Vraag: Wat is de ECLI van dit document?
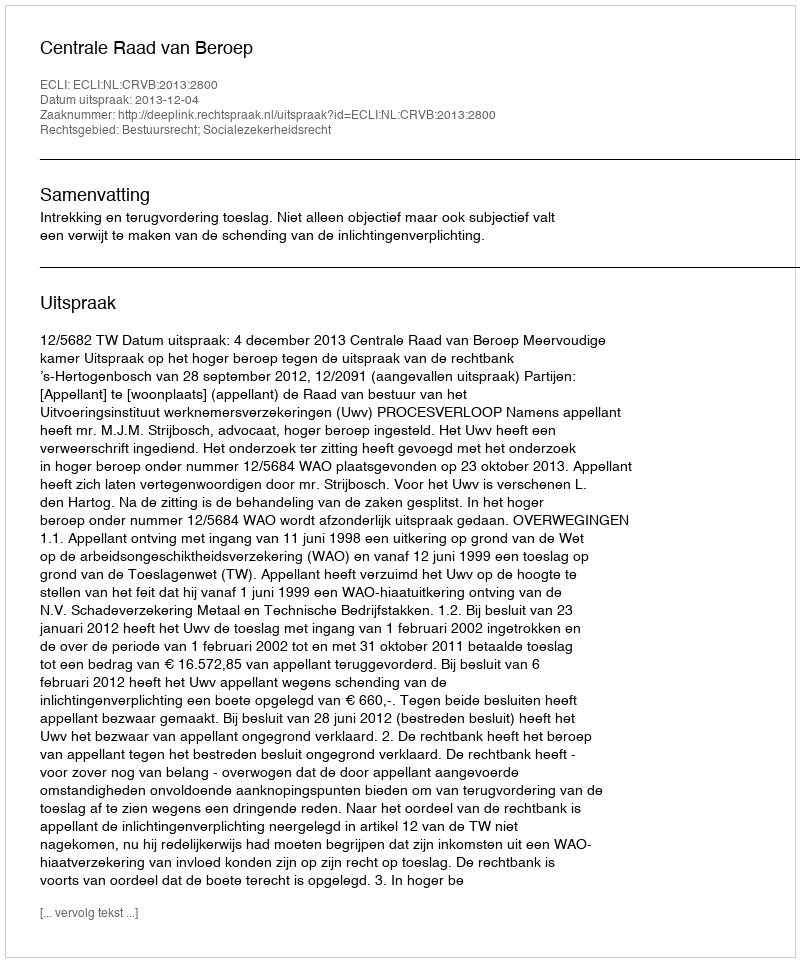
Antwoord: ECLI:NL:CRVB:2013:2800